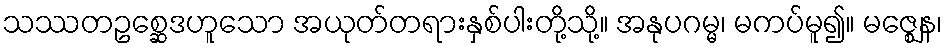
သဿတဥစ္ဆေဒဟူသော အယုတ်တရားနှစ်ပါးတို့သို့။ အနုပဂမ္မ၊ မကပ်မူ၍။ မဇ္ဈေန၊